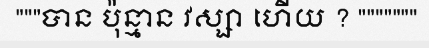
"""បាន ប៉ុន្មាន វស្សា ហើយ ? """""""